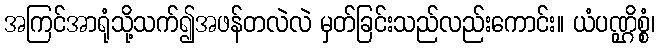
အကြင်အာရုံသို့သက်၍အဖန်တလဲလဲ မှတ်ခြင်းသည်လည်းကောင်း။ ယံပဏ္ဌိစ္စံ၊